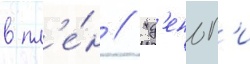
в пл'е́н // "д'еньг'и